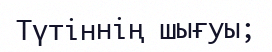
Түтіннің шығуы;